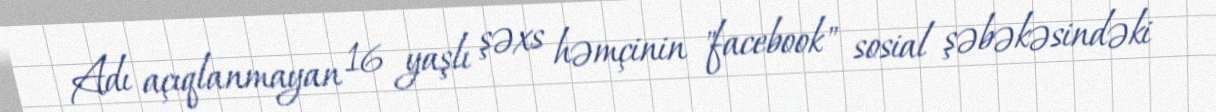
Adı açıqlanmayan 16 yaşlı şəxs həmçinin "facebook" sosial şəbəkəsindəki